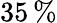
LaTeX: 35\, \%